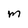
Character: m